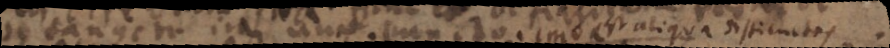
se dangetur aliqua un_ puncto. imo est aliqua difficultes.